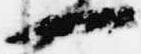
一